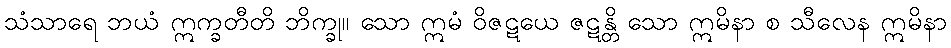
သံသာရေ ဘယံ ဣက္ခတီတိ ဘိက္ခု။ သော ဣမံ ဝိဇဋယေ ဇဋန္တိ သော ဣမိနာ စ သီလေန ဣမိနာ